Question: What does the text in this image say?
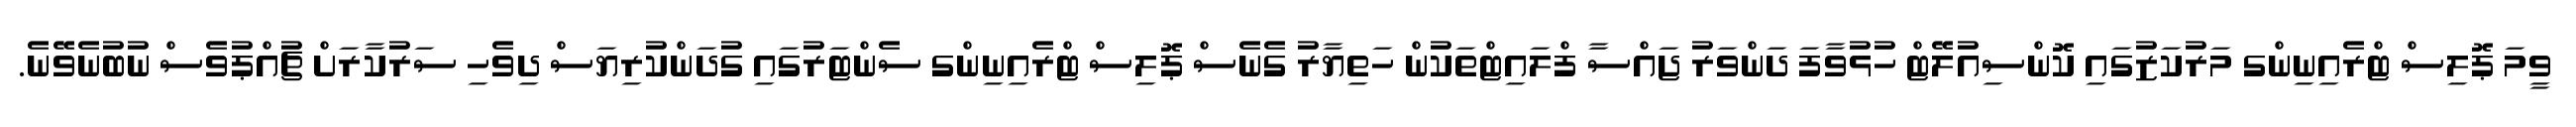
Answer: ވީމަ ޕޮލިސް ޓްރެއިނިންގ މަރުކަޒުގައި ކޮންސިއުލޭޓް ހުޅުވާފަ ދަންވަރު ޖައްސާ ފްލައިޓްތަކުން ހަތިޔާރު ގެނެސް ޕޮލިސް ޓްރެއިނިންގ ސެންޓަރުގައި ގުދަންކުރިޔަސް ދިވެހި ސަރުކާރަށް ޗުއްޕުވެސް ނުބުނެވޭނެ.